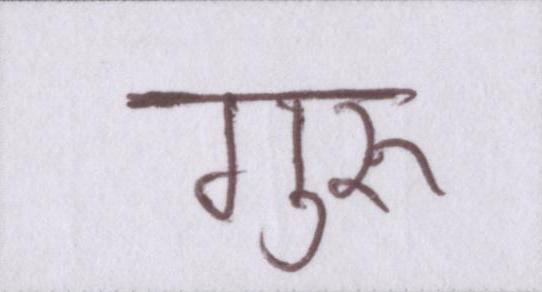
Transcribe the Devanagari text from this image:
गुरुॱ